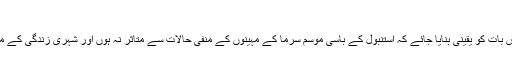
400 انٹرویینشن پوائنٹ کا تعین
اجلاس میں ، کوشش کی گئی کہ اس بات کو یقینی بنایا جائے کہ استنبول کے باسی موسم سرما کے مہینوں کے منفی حالات سے متاثر نہ ہوں اور شہری زندگی کے معمول کے مطابق رواں دواں رہیں۔